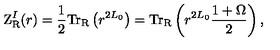
\mathrm { Z } _ { \mathrm { R } } ^ { I } ( r ) = \frac { 1 } { 2 } \mathrm { T r } _ { \mathrm { R } } \left( r ^ { 2 L _ { 0 } } \right) = \mathrm { T r } _ { \mathrm { R } } \left( r ^ { 2 L _ { 0 } } { \frac { 1 + \Omega } { 2 } } \right) ,